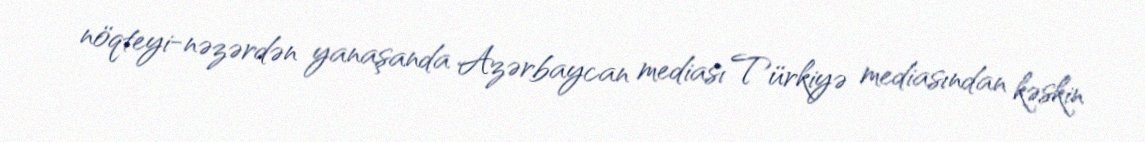
nöqteyi-nəzərdən yanaşanda Azərbaycan mediası Türkiyə mediasından kəskin